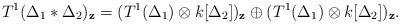
LaTeX: \begin{align*}T^1(\Delta_1\ast \Delta_2)_{\mathbf{z}}=(T^1(\Delta_1)\otimes k[\Delta_2])_{\mathbf{z}}\oplus (T^1(\Delta_1)\otimes k[\Delta_2])_{\mathbf{z}}.\end{align*}